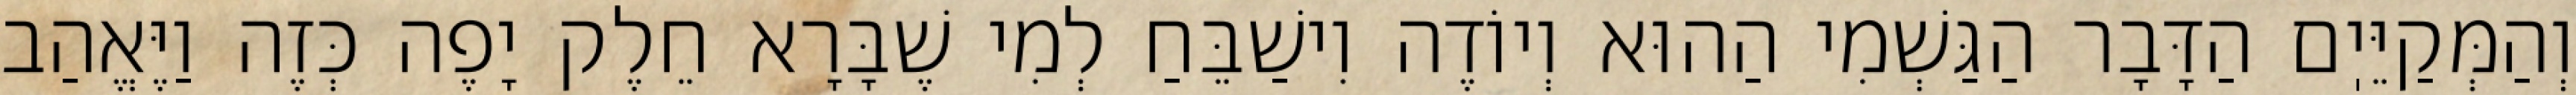
וְהַמְּקַיֵּיֽם הַדָּבָר הַגַּשְׁמִי הַהוּא וְיוֹדֶה וִישַׁבֵּחַ לְמִי שֶׁבָּרָא חֵלֶק יָפֶה כְּזֶה וַיֶּאֱהַב